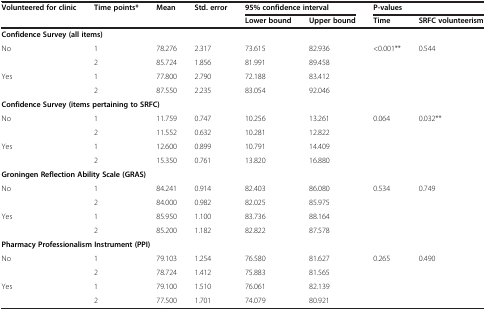
<table><thead><tr><td rowspan="2"><b>Volunteered for clinic</b></td><td rowspan="2"><b>Time points*</b></td><td rowspan="2"><b>Mean</b></td><td rowspan="2"><b>Std. error</b></td><td colspan="2"><b>95% confidence interval</b></td><td colspan="2"><b>P-values</b></td></tr><tr><td><b>Lower bound</b></td><td><b>Upper bound</b></td><td><b>Time</b></td><td><b>SRFC volunteerism</b></td></tr></thead><tbody><tr><td colspan="8"><b>Confidence Survey (all items)</b></td></tr><tr><td rowspan="2">No</td><td>1</td><td>78.276</td><td>2.317</td><td>73.615</td><td>82.936</td><td rowspan="4">&lt;0.001**</td><td rowspan="4">0.544</td></tr><tr><td>2</td><td>85.724</td><td>1.856</td><td>81.991</td><td>89.458</td></tr><tr><td rowspan="2">Yes</td><td>1</td><td>77.800</td><td>2.790</td><td>72.188</td><td>83.412</td></tr><tr><td>2</td><td>87.550</td><td>2.235</td><td>83.054</td><td>92.046</td></tr><tr><td colspan="8"><b>Confidence Survey (items pertaining to SRFC)</b></td></tr><tr><td rowspan="2">No</td><td>1</td><td>11.759</td><td>0.747</td><td>10.256</td><td>13.261</td><td rowspan="4">0.064</td><td rowspan="4">0.032**</td></tr><tr><td>2</td><td>11.552</td><td>0.632</td><td>10.281</td><td>12.822</td></tr><tr><td rowspan="2">Yes</td><td>1</td><td>12.600</td><td>0.899</td><td>10.791</td><td>14.409</td></tr><tr><td>2</td><td>15.350</td><td>0.761</td><td>13.820</td><td>16.880</td></tr><tr><td colspan="8"><b>Groningen Reflection Ability Scale (GRAS)</b></td></tr><tr><td rowspan="2">No</td><td>1</td><td>84.241</td><td>0.914</td><td>82.403</td><td>86.080</td><td rowspan="4">0.534</td><td rowspan="4">0.749</td></tr><tr><td>2</td><td>84.000</td><td>0.982</td><td>82.025</td><td>85.975</td></tr><tr><td rowspan="2">Yes</td><td>1</td><td>85.950</td><td>1.100</td><td>83.736</td><td>88.164</td></tr><tr><td>2</td><td>85.200</td><td>1.182</td><td>82.822</td><td>87.578</td></tr><tr><td colspan="8"><b>Pharmacy Professionalism Instrument (PPI)</b></td></tr><tr><td rowspan="2">No</td><td>1</td><td>79.103</td><td>1.254</td><td>76.580</td><td>81.627</td><td rowspan="4">0.265</td><td rowspan="4">0.490</td></tr><tr><td>2</td><td>78.724</td><td>1.412</td><td>75.883</td><td>81.565</td></tr><tr><td rowspan="2">Yes</td><td>1</td><td>79.100</td><td>1.510</td><td>76.061</td><td>82.139</td></tr><tr><td>2</td><td>77.500</td><td>1.701</td><td>74.079</td><td>80.921</td></tr></tbody></table>